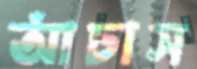
আঁচাস